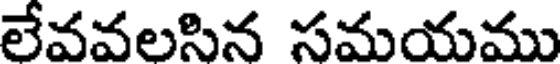
లేవవలసిన సమయము